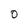
Character: 0